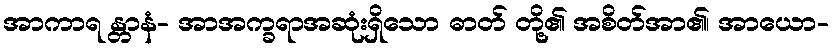
အာကာရ န္တာနံ- အာအက္ခရာအဆုံးရှိသော ဓာတ် တို့၏ အစိတ်အာ၏၊ အာယော-